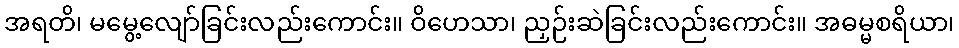
အရတိ၊ မမွေ့လျော်ခြင်းလည်းကောင်း။ ဝိဟေသာ၊ ညှဉ်းဆဲခြင်းလည်းကောင်း။ အဓမ္မစရိယာ၊